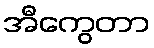
အီကွေတာ